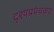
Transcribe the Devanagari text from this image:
दृश्यप्रपंचवाद